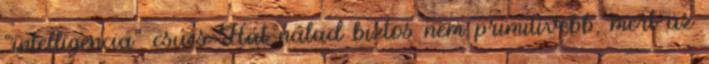
“intelligencia” csúcs Hát nálad biztos nem primitívebb, mert az